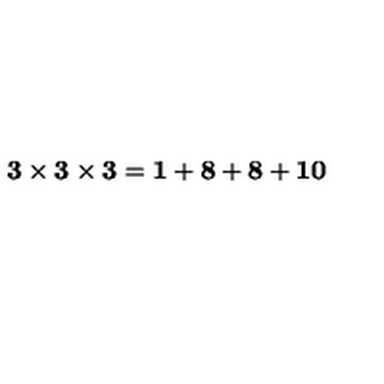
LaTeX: { \bf 3 } \times { \bf 3 } \times { \bf 3 } = { \bf 1 } + { \bf 8 } + { \bf 8 } + { \bf 1 0 }